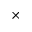
\times